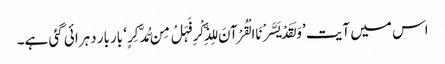
اس میں آیت ’وَلَقَدْ یَسَّرْنَا الْقُرْآنَ لِلذِّکْرِ فَہَلْ مِن مُّدَّکِرٍ‘ باربار دہرائی گئی ہے۔